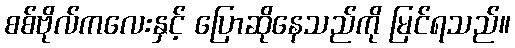
စစ်ဗိုလ်ကလေးနှင့် ပြောဆိုနေသည်ကို မြင်ရသည်။